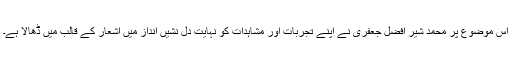
اس موضوع پر محمد شیر افضل جعفری نے اپنے تجربات اور مشاہدات کو نہایت دل نشیں انداز میں اشعار کے قالب میں ڈھالا ہے۔